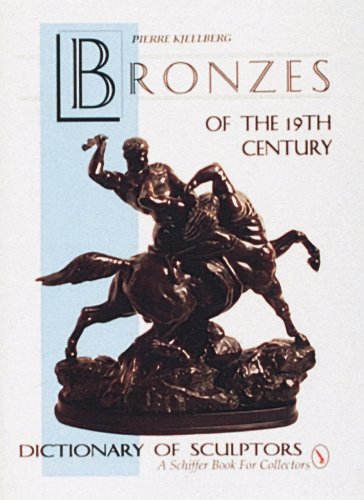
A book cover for Bronzes of the 19th Century: Dictionary of Sculptors (Schiffer Book for Collectors); Pierre Kjellberg; Crafts, Hobbies & Home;